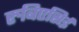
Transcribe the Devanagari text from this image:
रुबिएसिई